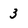
Character: 3